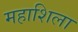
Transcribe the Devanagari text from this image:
महाशिला